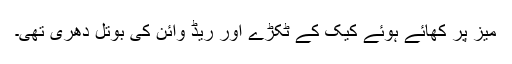
میز پر کھائے ہوئے کیک کے ٹکڑے اور ریڈ وائن کی بوتل دھری تھی۔